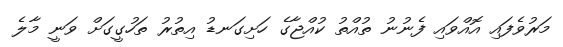
މަރުވެފައި އޮއްވައި ފެނުނު ތުއްތު ކުއްޖާގެ ހަށިގަނޑު އިތުރު ތަހުގީގަށް ވަނީ މާލެ